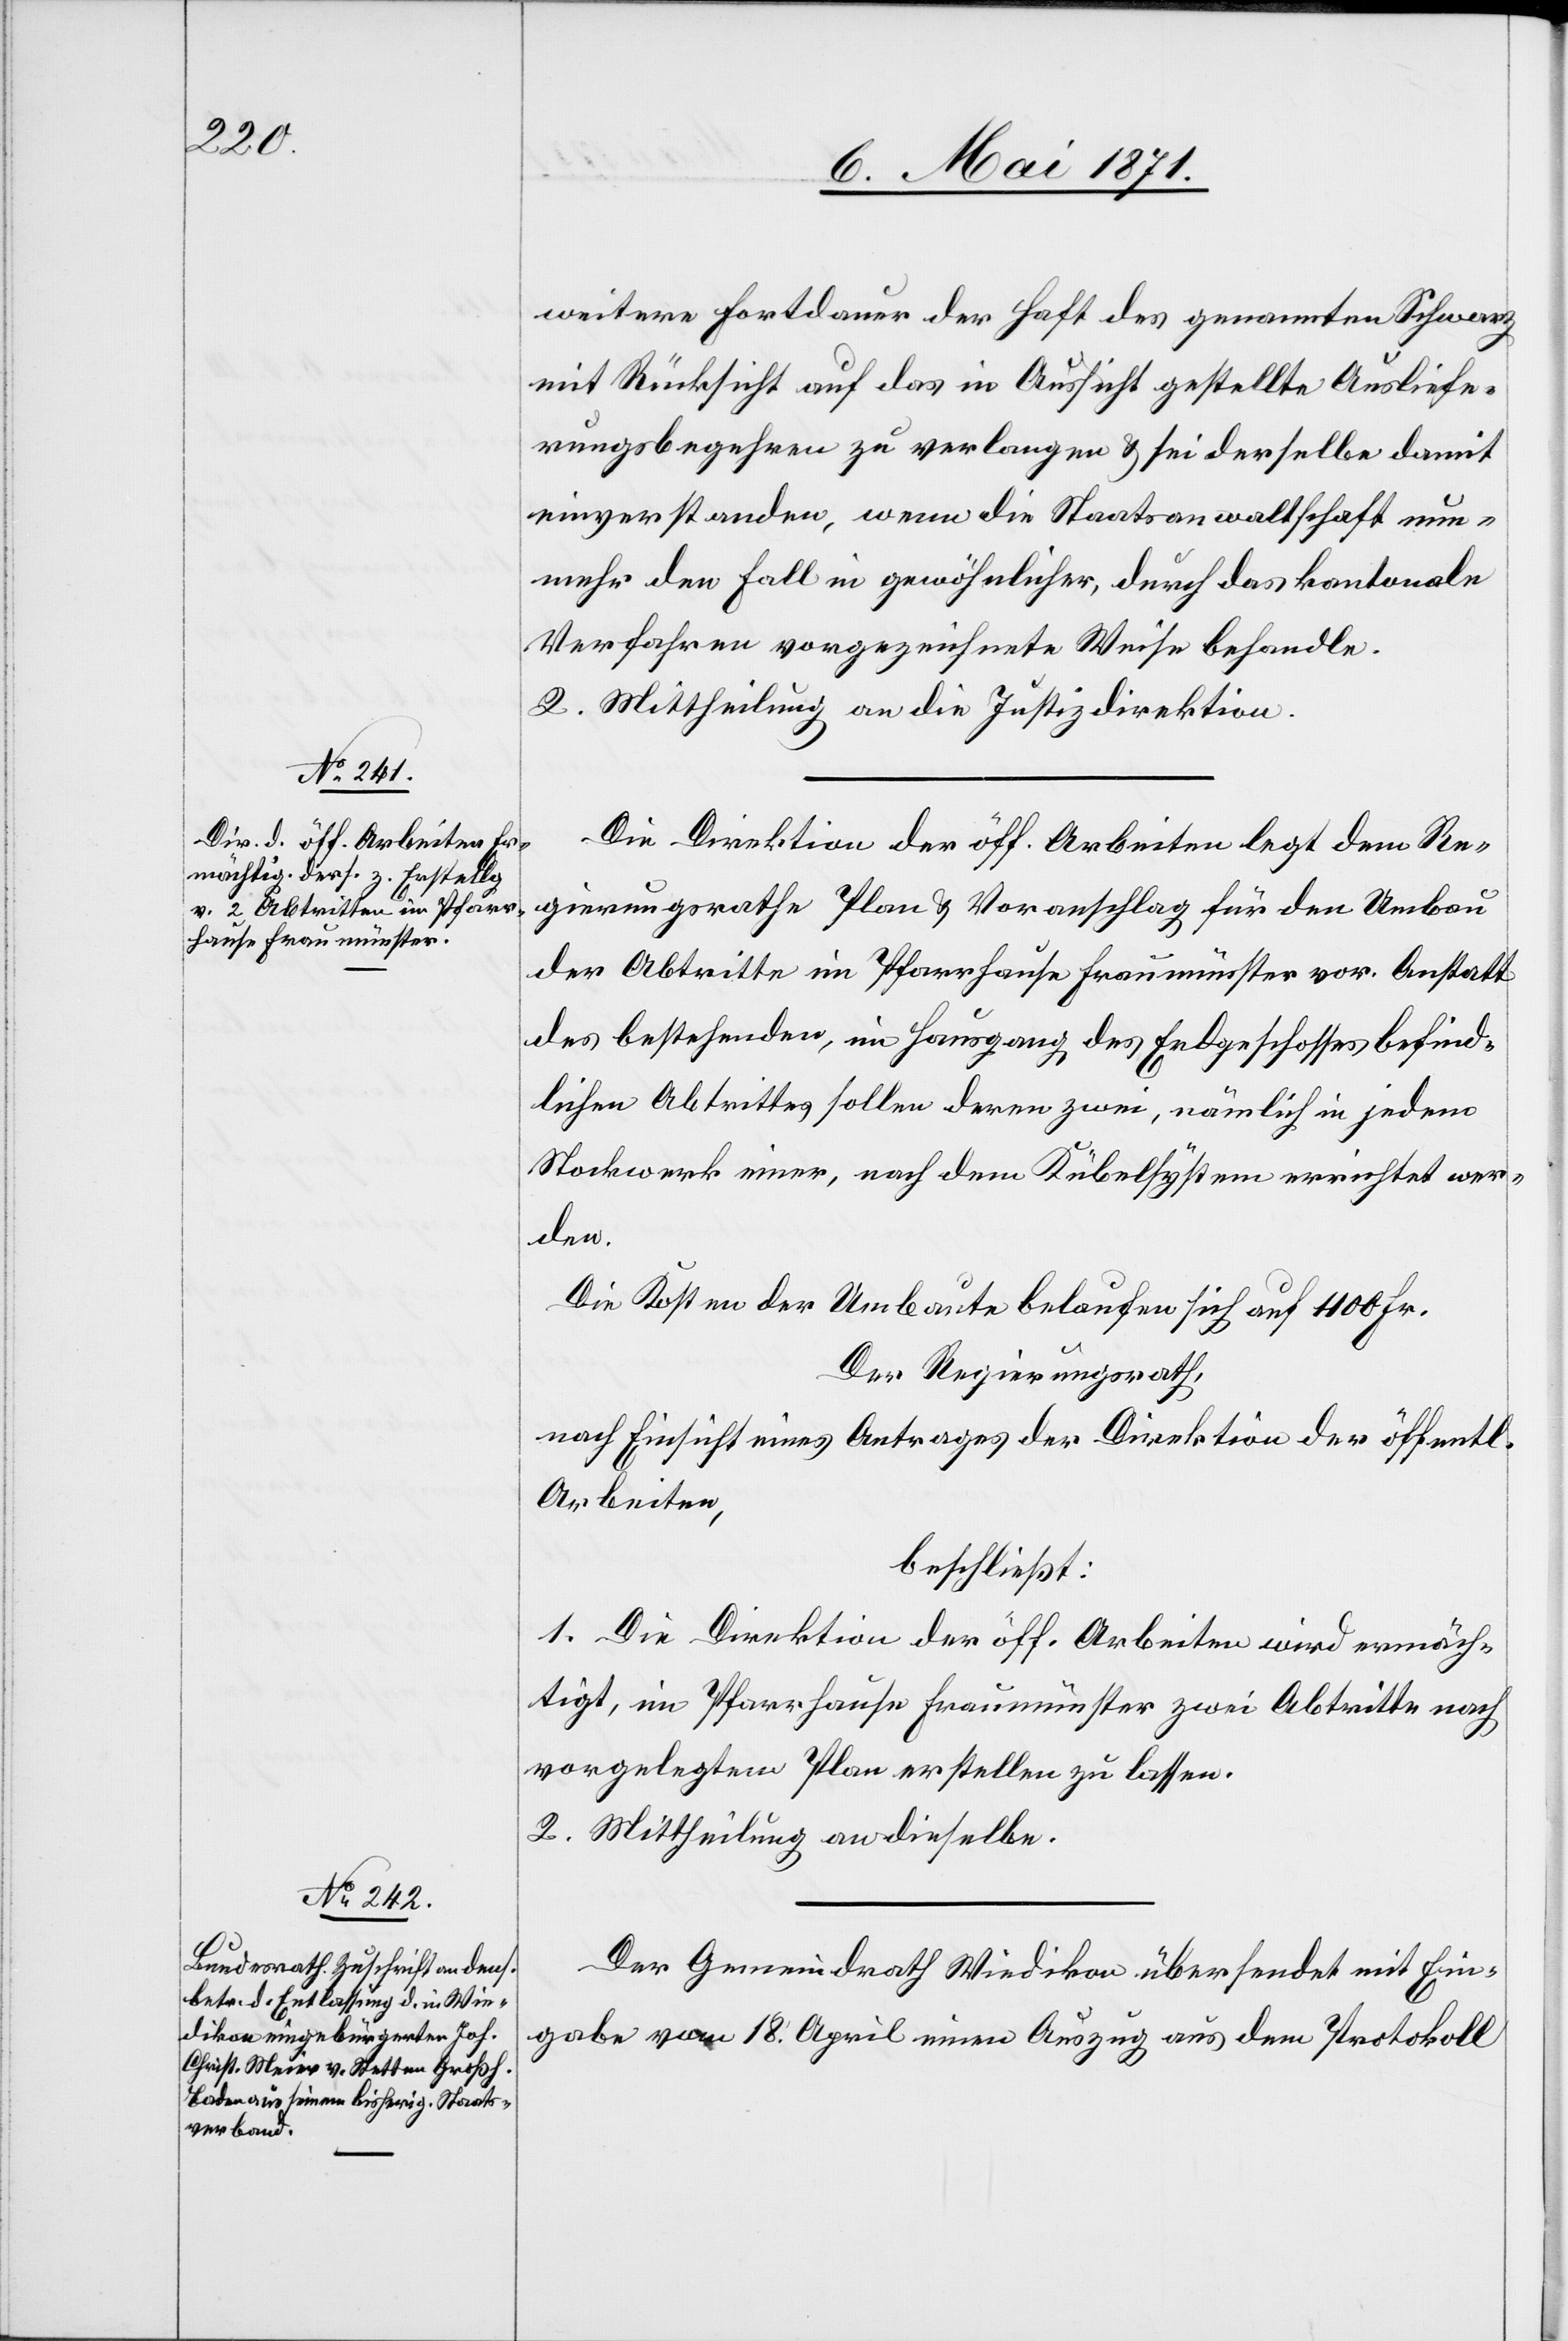
weitere Fortdauer der Haft des genannten Schwarz
mit Rücksicht auf das in Aussicht gestellte Ausliefe¬
rungsbegehren zu verlangen u. sei derselbe damit
einverstanden, wenn die Staatsanwaltschaft nun¬
mehr den Fall in gewöhnlicher, durch das kantonale
Verfahren vorgezeichnete Weise behandle.
2. Mittheilung an die Justizdirektion.
Die Direktion der öff. Arbeiten legt dem Re¬
gierungsrathe Plan u. Voranschlag für den Umbau
der Abtritte im Pfarrhause Fraumünster vor. Anstatt
des bestehenden, im Hausgang des Erdgeschosses befind¬
lichen Abtrittes sollen deren zwei, nämlich in jedem
Stockwerk einer, nach dem Kübelsystem errichtet wer¬
den.
Die Kosten der Umbaute belaufen sich auf 1100 Fr.
Der Regierungsrath,
nach Einsicht eines Antrages der Direktion der öffentl.
Arbeiten,
beschließt:
1. Die Direktion der öff. Arbeiten wird ermäch¬
tigt, im Pfarrhause Fraumünster zwei Abtritte nach
vorgelegtem Plan erstellen zu lassen.
2. Mittheilung an dieselbe.
Der Gemeindrath Wiedikon übersendet mit Ein¬
gabe vom 18. April einen Auszug aus dem Protokoll